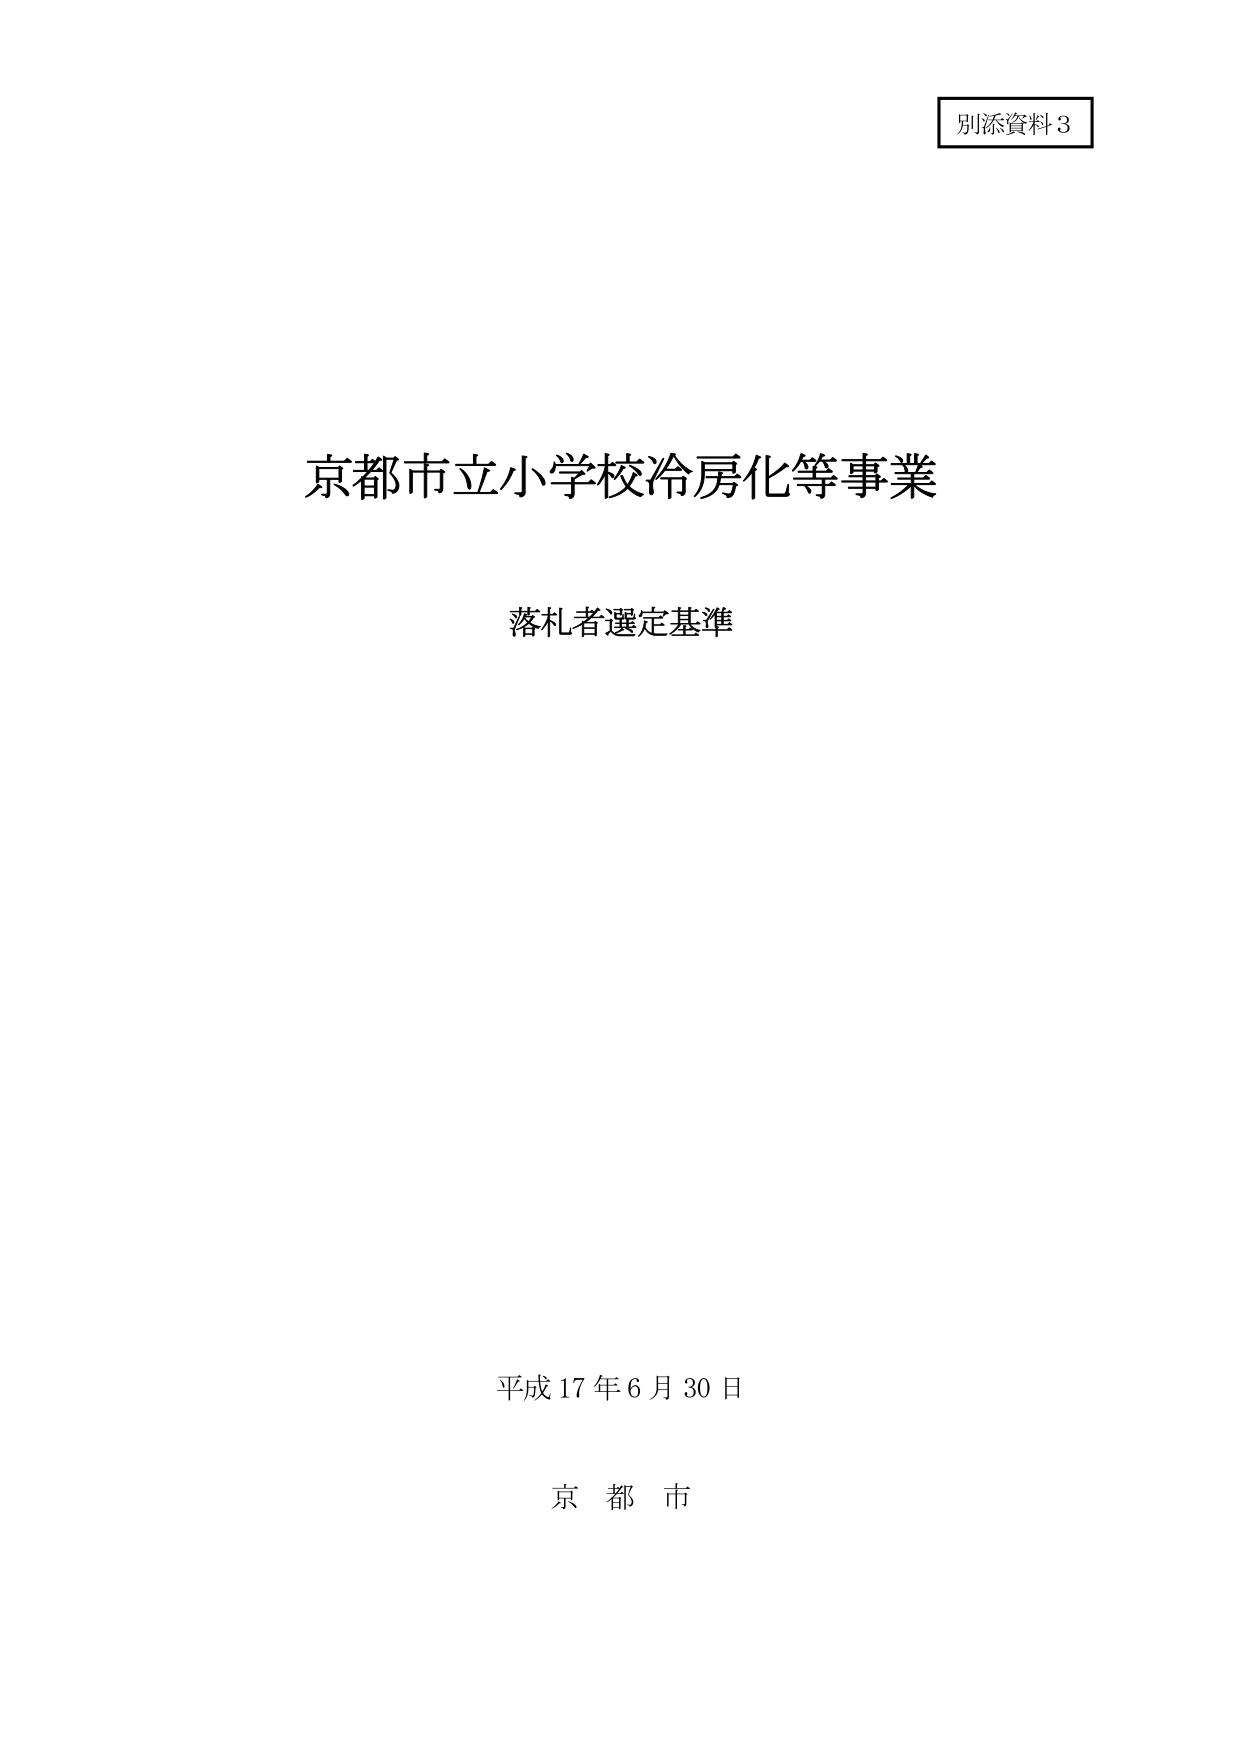
別添資料３

京都市立小学校冷房化等事業

落札者選定基準

平成17年6月30日

京都市